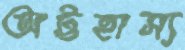
অট্টহাস্য